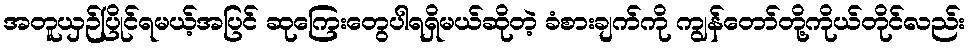
အတူယှဉ်ပြိုင်ရမယ့်အပြင် ဆုကြေးတွေပါရရှိမယ်ဆိုတဲ့ ခံစားချက်ကို ကျွန်တော်တို့ကိုယ်တိုင်လည်း